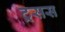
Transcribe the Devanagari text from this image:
ट्रसस